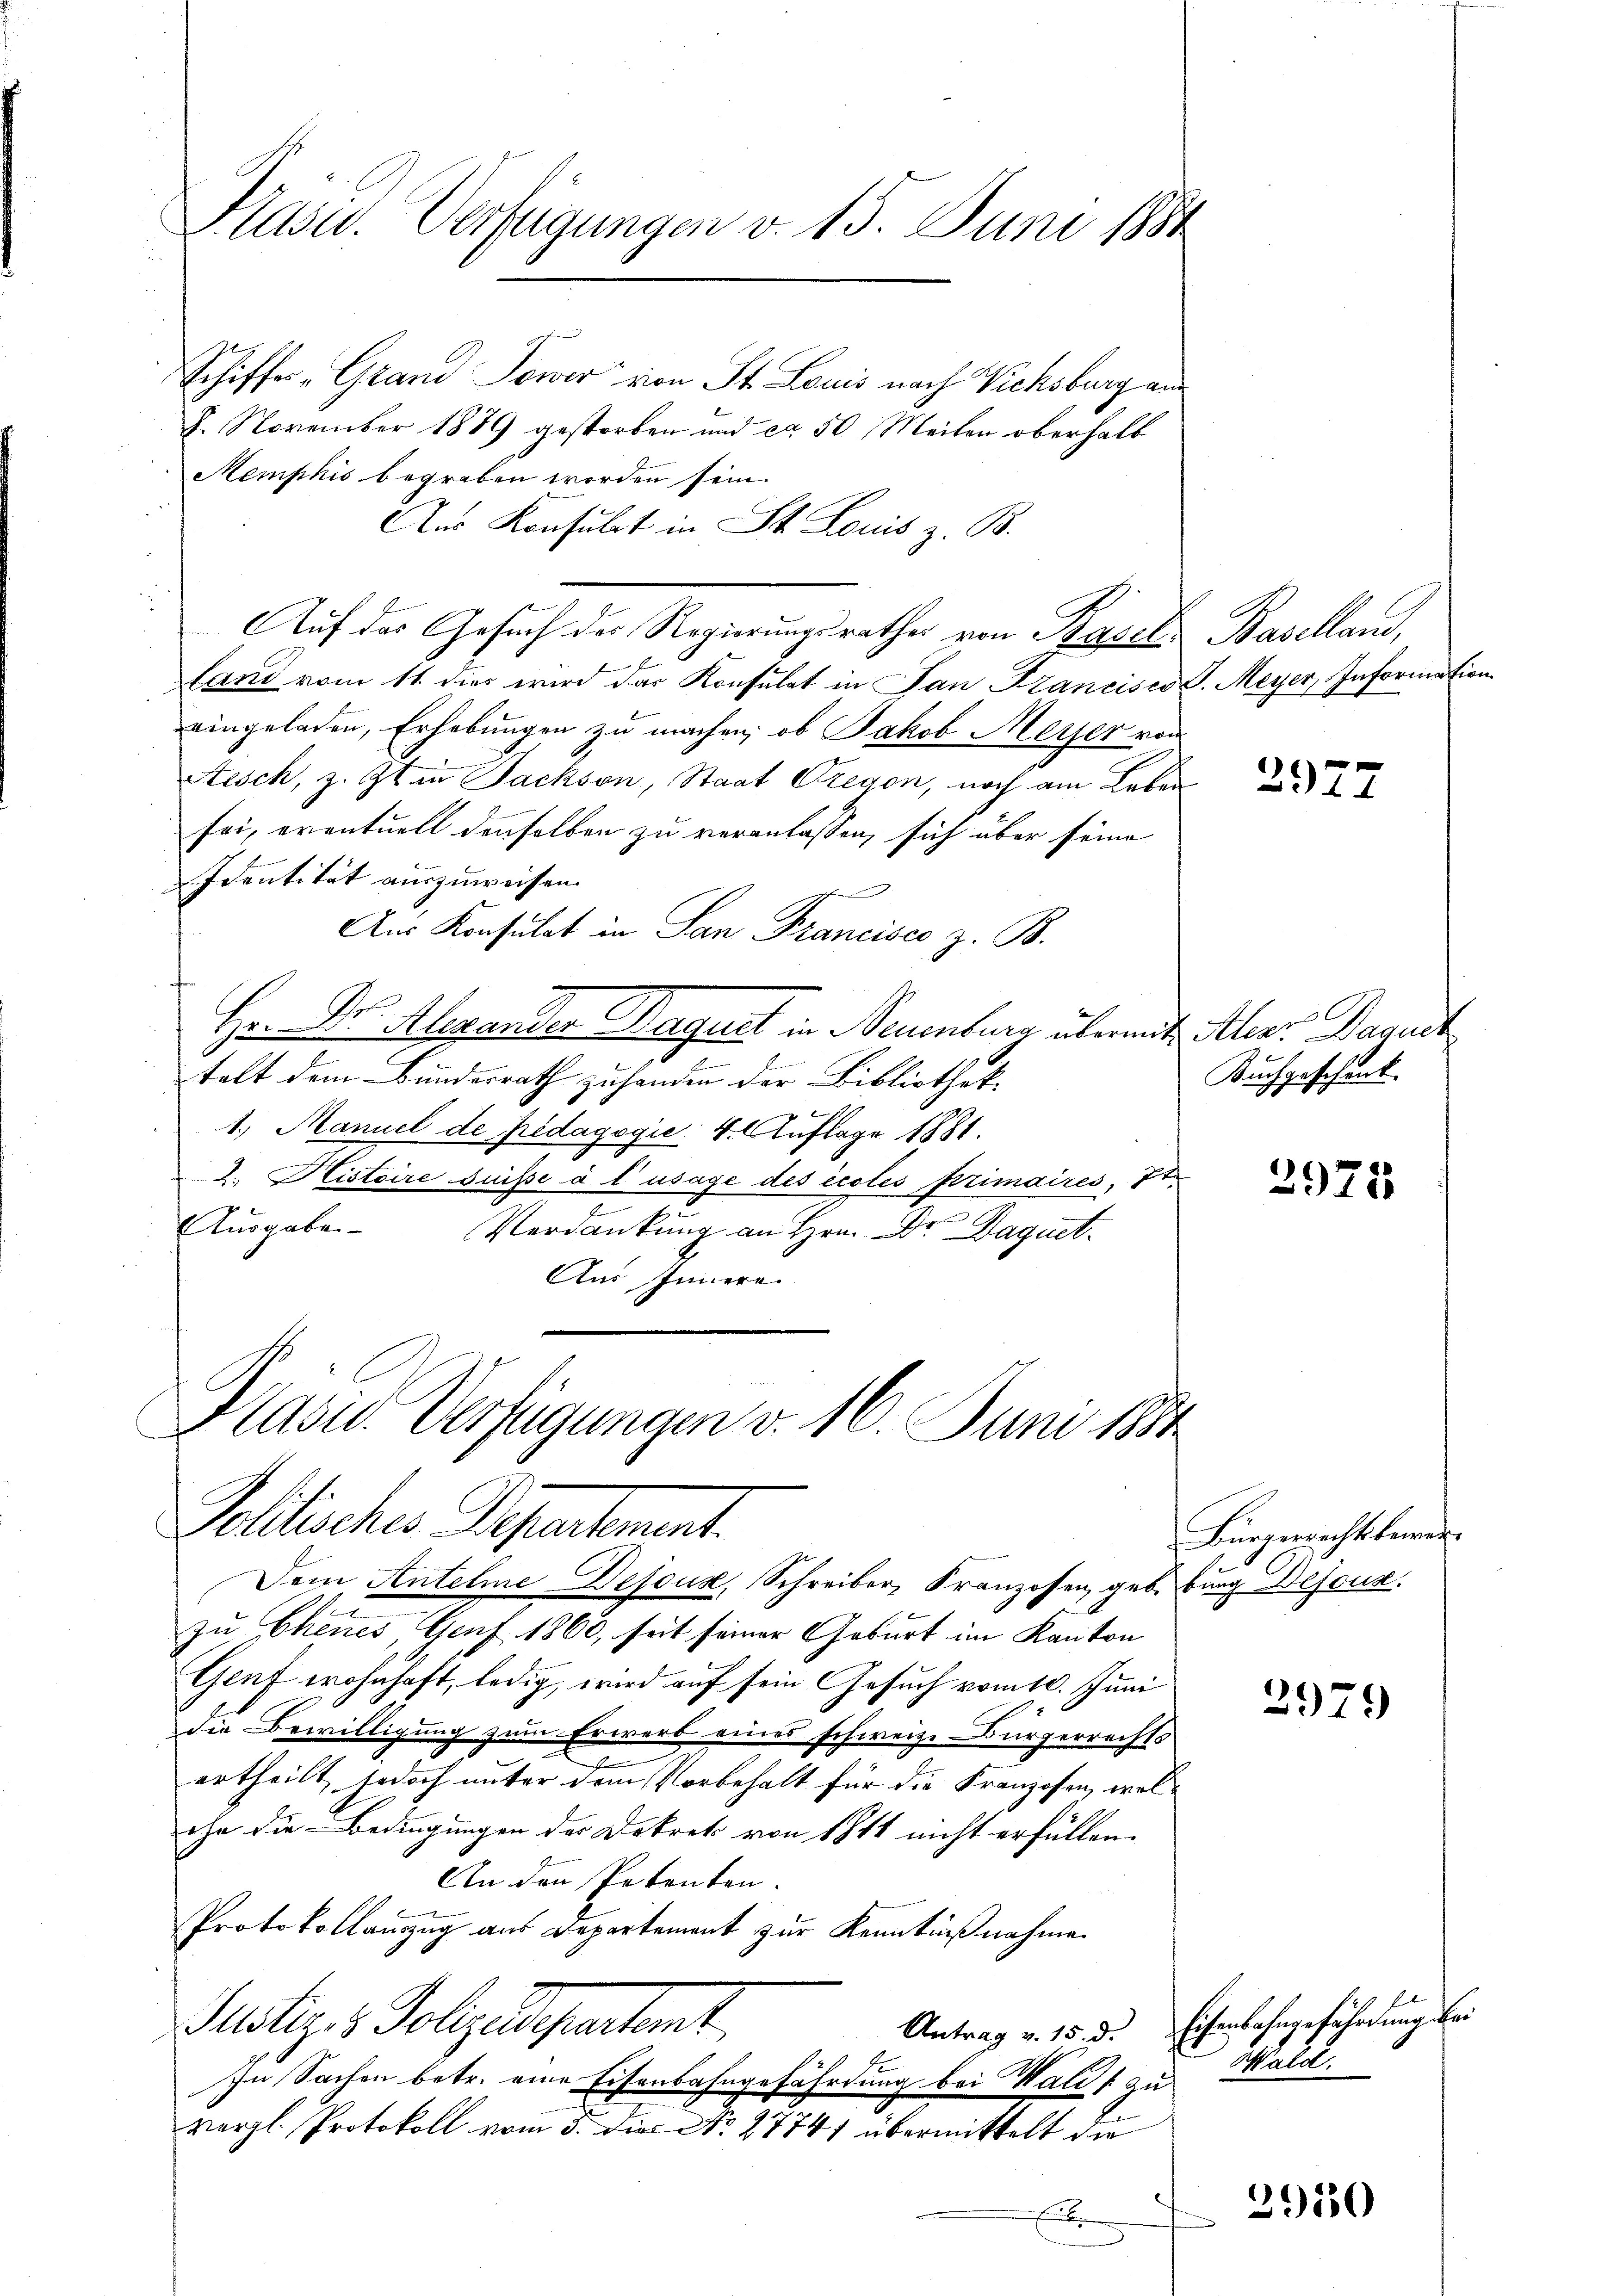
Präsid.. Verfügungen v. 15. Juni 1881

Schiffes-Grand Tower von St. Louis nach Vicksburg aus
8. November 1879 gestorben und ca 50 Meilen oberhalb
Memphis begraben worden sein.
Aus Konsulat in St. Louis z. B.
Auf das Gesuch des Regierungsrathes von Baselland vom 11. dies wird das Konsulat in San Francisco S. Meyer Information
eingeladen, Erhebungen zu machen, ob Jakob Meyer von
Stesch, z. Zt. in Jackson, Staat Gregon, noch am Leben
sei, eventuell denselben zu veranlassen, sich über seine
Identität auszuweisen.
Aus Konsulat in San Francisco z. B.
e
Hr. Dr Alexander Paquet in Neuenburg übermit Aler. Daguet
t
talt dem Bundesrath zu handen der Bibliothek-
1.) Manuel de pedagogie 4. Auflage 1881.
2. Histoire suisse à l’usage des eccles primaires, It
Ausgaben
Verdankung an Hrn. Dr. Daguet.
Aus Innern.

Präsid. Verfügungen v. 16. Juni 1884.
Pollisches Petentement.
Dem Antelme-Desous, Schreiber, Franzosen geb. burg Besous

e
zu Chenes Genf 1860, seit seiner Geburt im Kanton
Genf wohnhaft, ledig, wird auf sein Gesuch vom 10. Juni
die Bewilligung zum Erwerb eines schweize-Bürgerrechts
.
ertheilt, jedoch unter dem Vorbehalt für die Franzosen, welihn die Bedingungen der Dekret von 1811 nicht erfüllen.
An den Petenten.
Protokollanzug aus Departement zur Kenntnißnahmen
Justiz & Polyedepartamt
In Sachen betr. eine Eisenbahngefährdung bei Waldt zu
vergl. Protokoll vom 5. Die No. 27741 übermittelt die
E

Baselland,

Auchgeschenk

2972

2975

Bürgerrechtsberat

2979

Antrag v. 15. d. Eisenbahngefährdung bei
Wald.

2950